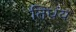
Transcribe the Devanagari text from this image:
तिधंय